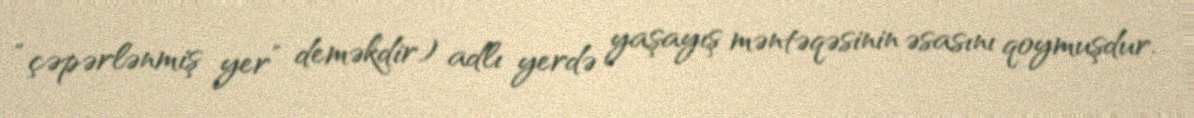
“çəpərlənmiş yer” deməkdir) adlı yerdə yaşayış məntəqəsinin əsasını qoymuşdur.